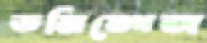
ডমিঙ্গেজ